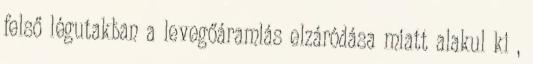
felső légutakban a levegőáramlás elzáródása miatt alakul ki ,